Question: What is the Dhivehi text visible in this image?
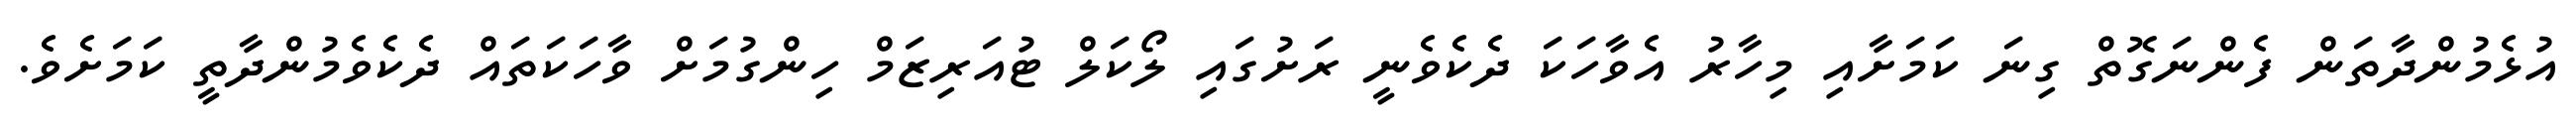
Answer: އުޅެމުންދާތަން ފެންނަގޮތް ގިނަ ކަމަށާއި މިހާރު އެވާހަކަ ދެކެވެނީ ރަށުގައި ލޯކަލް ޓުއަރިޒަމް ހިންގުމަށް ވާހަކަތައް ދެކެވެމުންދާތީ ކަމަށެވެ.